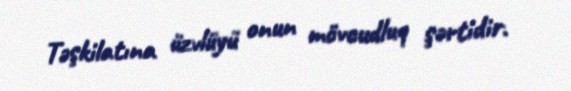
Təşkilatına üzvlüyü onun mövcudluq şərtidir.